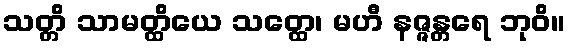
သတ္တိ သာမတ္ထိယေ သတ္ထေ၊ မဟီ နဇ္ဇန္တရေ ဘုဝိ။